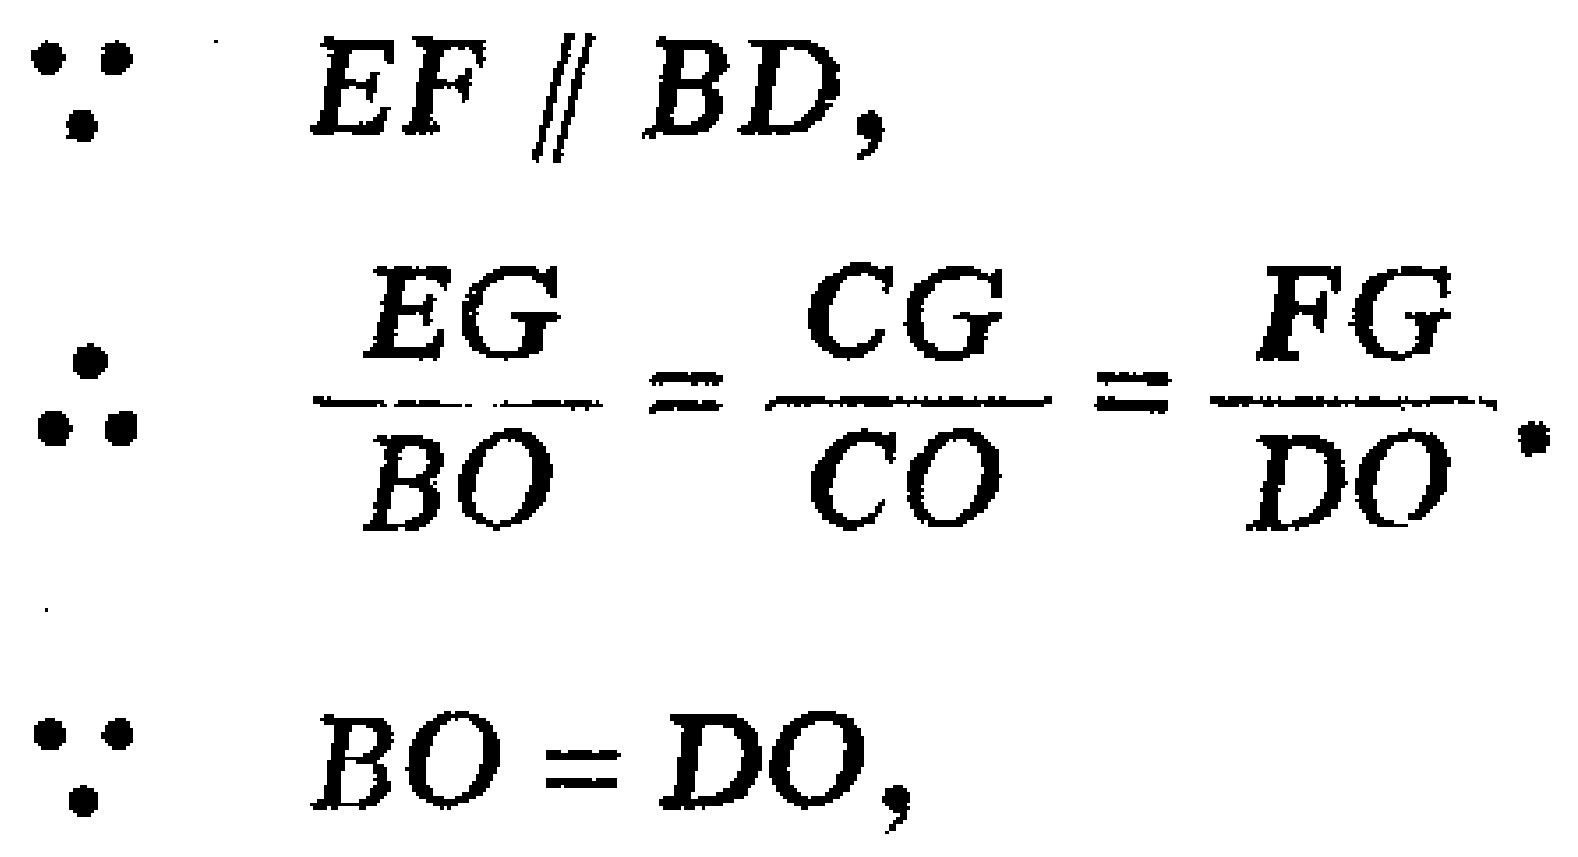
\[
\begin{align*}
\because\quad EF &\parallel BD,\\
\therefore\quad \frac{EG}{BO}&=\frac{CG}{CO}=\frac{FG}{DO}.\\
\because\quad BO&=DO,
\end{align*}
\]